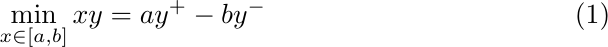
\begin{equation}\label{elemineq}
 \min_{x\in [a,b]} x y = a y^+ - b y^-
\end{equation}